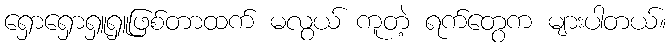
ရှောရှောရှူရှူဖြစ်တာထက် မလွယ် ကူတဲ့ ရက်တွေက များပါတယ်။